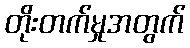
တိုးတက်မှုအတွက်